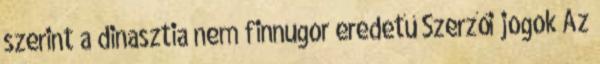
szerint a dinasztia nem finnugor eredetű Szerzői jogok Az